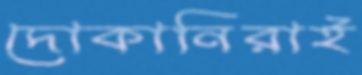
দোকানিরাই